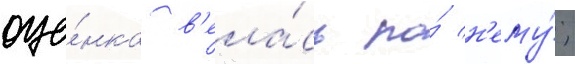
оце́нка в'ела́сь по́ н'ему́;